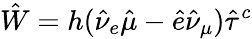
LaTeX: \hat{W}=h(\hat{\nu}_{e}\hat{\mu}-\hat{e}\hat{\nu}_{\mu})\hat{\tau}^{c}